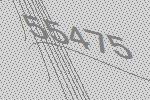
55475